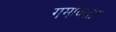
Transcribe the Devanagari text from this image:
गमावतात